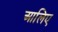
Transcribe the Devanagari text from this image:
आलिए